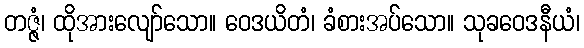
တဇ္ဇံ၊ ထိုအားလျော်သော။ ဝေဒယိတံ၊ ခံစားအပ်သော။ သုခဝေဒနီယံ၊